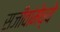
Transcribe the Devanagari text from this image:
सजीवांमेध्ये